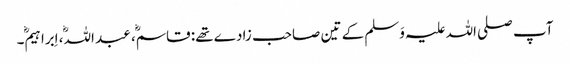
آپ صلی اللہ علیہ وَسلم کے تین صاحب زادے تھے: قاسم، عبد اللہ، اِبراہیم۔